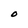
Character: O